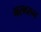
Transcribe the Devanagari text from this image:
भरभरुन